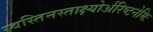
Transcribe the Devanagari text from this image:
स्वस्तिनस्ताक्ष्योर्अरिष्टनेमिः